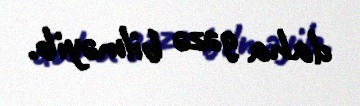
daha gəzə bilməyib.